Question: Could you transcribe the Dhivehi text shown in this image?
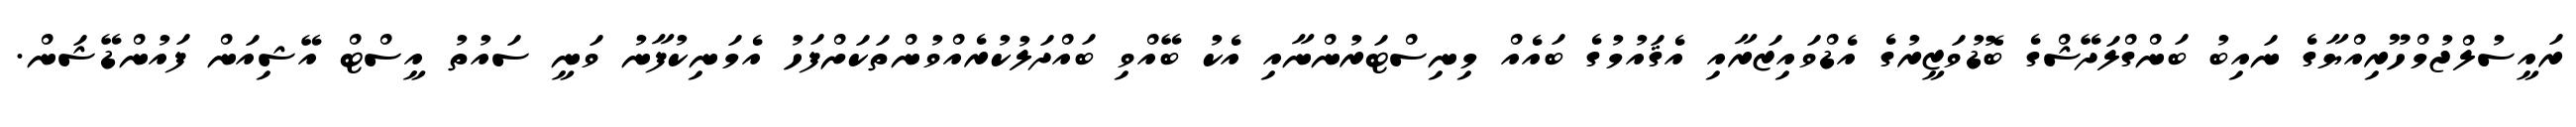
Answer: ރައީސުލްޖުމްހޫރިއްޔާގެ ނައިބު ބަންގްލަދޭޝްގެ ބޮޑުވަޒީރުގެ އެޑްވައިޒަރާއި އެޤައުމުގެ ބައެއް މިނިސްޓަރުންނާއި އެކު ބޭއްވި ބައްދަލުކުރެއްވުންތަކަށްފަހު އެމަނިކުފާނު ވަނީ ސައުތު އީސްޓް އޭޝިއަން ފައުންޑޭޝަން.